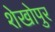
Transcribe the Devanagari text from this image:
शेखोपुर